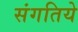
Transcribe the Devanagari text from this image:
संगतिये